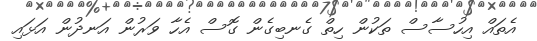
އެތައް އިހުސާސް ތަކުން ހިތް ގެނބިގެން ގޮސް އެހާ ވަރުން އަނދުން އަޅައި